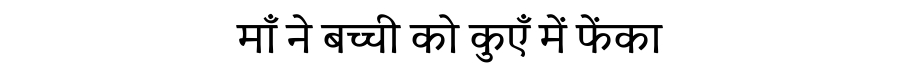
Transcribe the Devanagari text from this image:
माँ ने बच्ची को कुएँ में फेंका